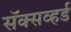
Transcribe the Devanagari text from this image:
सॅक्सव्हर्ड